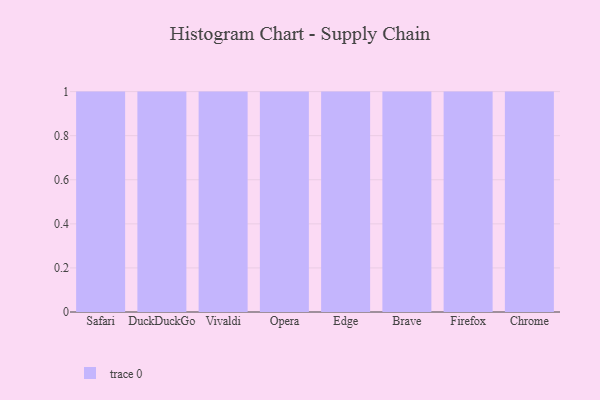
{"axis": {"x": "Browser", "y": "Customer Acquisition Cost (USD)"}, "legend": [""], "data": [{"x": "Safari", "y": 1, "type": ""}, {"x": "DuckDuckGo", "y": 61, "type": ""}, {"x": "Vivaldi", "y": 94, "type": ""}, {"x": "Opera", "y": 22, "type": ""}, {"x": "Edge", "y": 90, "type": ""}, {"x": "Brave", "y": 67, "type": ""}, {"x": "Firefox", "y": 80, "type": ""}, {"x": "Chrome", "y": 25, "type": ""}]}